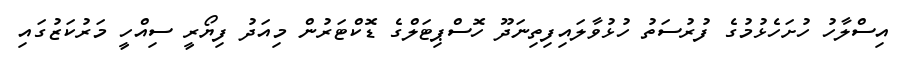
އިސްލާހު ހުށަހެޅުމުގެ ފުރުސަތު ހުޅުވާލައިފިތިނަދޫ ހޮސްޕިޓަލްގެ ޑޮކްޓަރުން މިއަދު ފިޔޯރީ ސިއްހީ މަރުކަޒުގައި